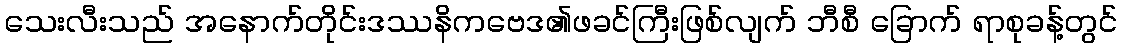
သေးလီးသည် အနောက်တိုင်းဒဿနိကဗေဒ၏ဖခင်ကြီးဖြစ်လျက် ဘီစီ ခြောက် ရာစုခန့်တွင်